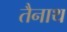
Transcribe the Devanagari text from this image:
तैनाथ